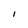
Character: I